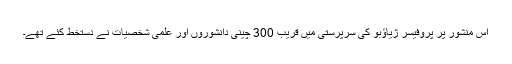
اس منشور پر پروفیسر ژیاؤبو کی سرپرستی میں قریب 300 چينی دانشوروں اور علمی شخصيات نے دستخط کئے تھے۔